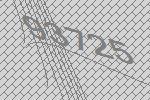
93725